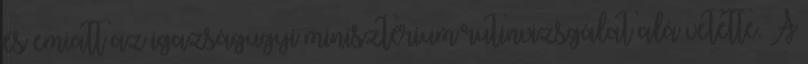
és emiatt az igazságügyi minisztérium rutinvizsgálat alá vetette. A